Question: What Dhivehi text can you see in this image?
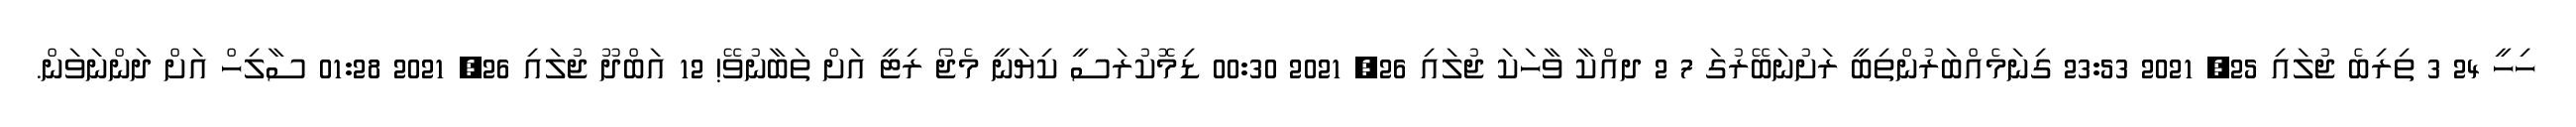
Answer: ހިހީ 24 3 ތިރިބެ ޖުލައި 25, 2021 23:53 ގިނަމެއްބަރުންތިބީ ރަށުނަބޭރުގަ 7 2 ދއްކާ ވާހަކަ ޖުލައި 26, 2021 00:30 ޑިމޮކުރަސީ ކިޔަނީ މެޖޯ ރިޓީ އަށް ތަބާނުވޭ! 12 އަބްދޫ ޖުލައި 26, 2021 01:28 ސާލިހް އަށް ދަންނަވަން.